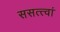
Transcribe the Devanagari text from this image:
ससत्त्वां